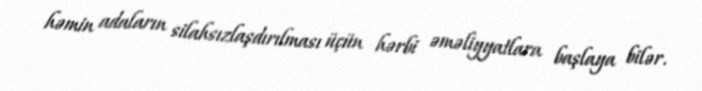
həmin adaların silahsızlaşdırılması üçün hərbi əməliyyatlara başlaya bilər.